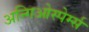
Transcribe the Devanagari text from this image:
अन्गिओस्पेर्म्स